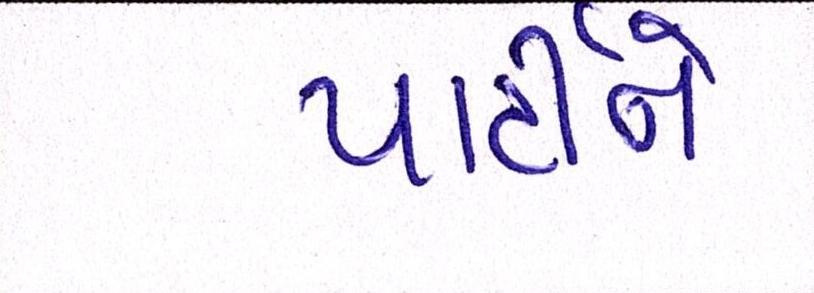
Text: પાર્ટીને